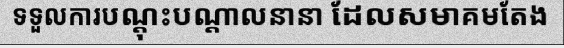
ទទួលការបណ្តុះបណ្តាលនានា ដែលសមាគមតែង